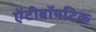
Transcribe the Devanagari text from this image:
ऐंटीबॉयटिक